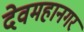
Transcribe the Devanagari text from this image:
देवमहानगर